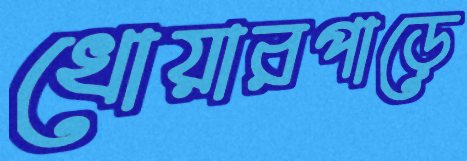
খোয়ারপাড়ে